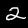
Digit: 2